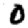
Digit: 0